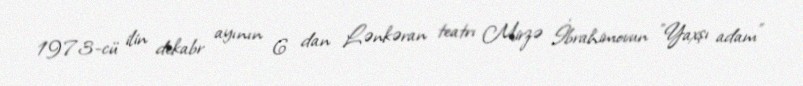
1973-cü ilin dekabr ayının 6 dan Lənkəran teatrı Mirzə İbrahimovun "Yaxşı adam"